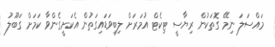
މައްސަލަ ނިމޭ ގޮތަކުން ރިޔާސީ ޓިކެޓް އުމަރަށް ލިބިވަޑައިގަތުން އެކަށީގެންވާ ކަމަށް ގަބޫލު